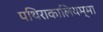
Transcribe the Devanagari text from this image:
पथिराकालियम्मा